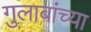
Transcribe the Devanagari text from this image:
गुलाबांच्या